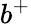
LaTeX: b^{+}